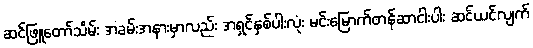
ဆင်ဖြူတော်သိမ်း အခမ်းအနားမှာလည်း အရှင်နှစ်ပါးလုံး မင်းမြောက်တန်ဆာငါးပါး ဆင်ယင်လျက်